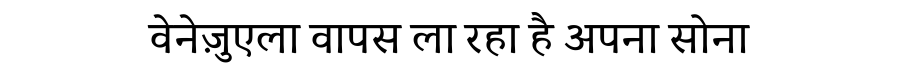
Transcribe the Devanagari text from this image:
वेनेज़ुएला वापस ला रहा है अपना सोना